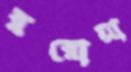
ররোয়া